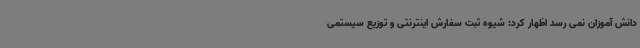
دانش آموزان نمی رسد اظهار کرد: شیوه ثبت سفارش اینترنتی و توزیع سیستمی